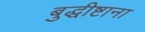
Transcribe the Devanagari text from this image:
बुद्धीष्टाना